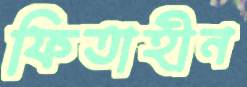
ফিতাহীন